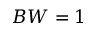
B W = 1